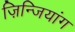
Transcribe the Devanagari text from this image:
ज़िन्जियांग